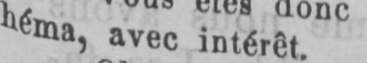
héma, avec intérêt.